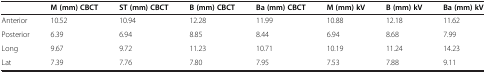
<table><thead><tr><td></td><td><b>M (mm) CBCT</b></td><td><b>ST (mm) CBCT</b></td><td><b>B (mm) CBCT</b></td><td><b>Ba (mm) CBCT</b></td><td><b>M (mm) kV</b></td><td><b>B (mm) kV</b></td><td><b>Ba (mm) kV</b></td></tr></thead><tbody><tr><td>Anterior</td><td>10.52</td><td>10.94</td><td>12.28</td><td>11.99</td><td>10.88</td><td>12.18</td><td>11.62</td></tr><tr><td>Posterior</td><td>6.39</td><td>6.94</td><td>8.85</td><td>8.44</td><td>6.94</td><td>8.68</td><td>7.99</td></tr><tr><td>Long</td><td>9.67</td><td>9.72</td><td>11.23</td><td>10.71</td><td>10.19</td><td>11.24</td><td>14.23</td></tr><tr><td>Lat</td><td>7.39</td><td>7.76</td><td>7.80</td><td>7.95</td><td>7.53</td><td>7.88</td><td>9.11</td></tr></tbody></table>